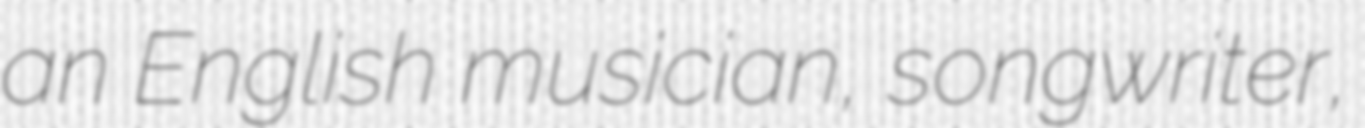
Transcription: an English musician, songwriter,